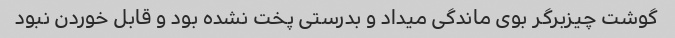
گوشت چیزبرگر بوی ماندگی میداد و بدرستی پخت نشده بود و قابل خوردن نبود